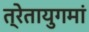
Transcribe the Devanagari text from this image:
त्रेतायुगमां